Indian journal of veterinary science and animal husbandry - Volume 9,
Year: 1939
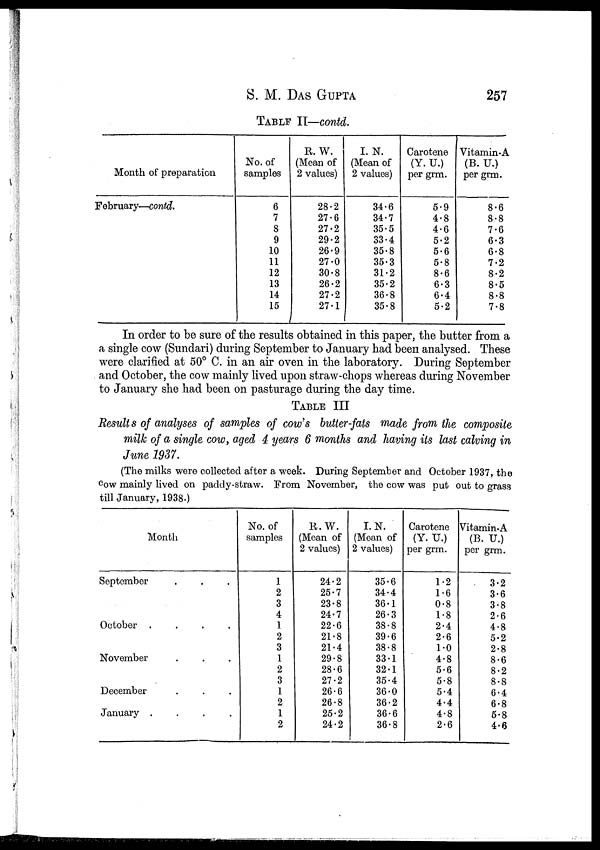
S. M. DAS GUPTA 257
TABLE II—contd.
Month of preparation
February—contd.
No. of
samples
6
7
8
9
10
11
12
13
14
15
R. W.
(Mean of
2 values)
28.2
27.6
27.2
29.2
26.9
27.0
30.8
26.2
27.2
27.1
I.N.
(Mean of
2 values)
34.6
34.7
35.5
33.4
35.8
35.3
31.2
35.2
36.8
35.8
Carotene
(Y. U.)
per grm.
5.9
4.8
4.6
5.2
5.6
5.8
8.6
6.3
6.4
5.2
Vitamin-A
(B. U.)
per grm.
8.6
8.8
7.6
6.3
6.8
7.2
8.2
8.5
8.8
7.8
In order to be sure of the results obtained in this paper, the butter from a
a single cow (Sundari) during September to January had been analysed. These
were clarified at 50° C. in an air oven in the laboratory. During September
and October, the cow mainly lived upon straw-chops whereas during November
to January she had been on pasturage during the day time.
TABLE III
Results of analyses of samples of cow's butter-fats made from the composite
milk of a single cow, aged 4 years 6 months and having its last calving in
June 1937.
(The milks were collected after a week. During September and October 1937, the
Cow mainly lived on paddy-straw. From November, the cow was put out to grass
till January, 1938.)
Month
September . . .
October
.
.
.
.
November . . .
December . . .
January
.
.
.
.
No. of
samples
1
2
3
4
1
2
3
1
2
3
1
2
1
2
R.W.
(Mean of
2 values)
24.2
25.7
23.8
24.7
22.6
21.8
21.4
29.8
28.6
27.2
26.6
26.8
25.2
24.2
I.N.
(Mean of
2 values)
35.6
34.4
36.1
26.3
38.8
39.6
38.8
33.1
32.1
35.4
36.0
36.2
36.6
36.8
Carotene
(Y. U.)
per grm.
1.2
1.6
0.8
1.8
2.4
2.6
1.0
4.8
5.6
5.8
5.4
4.4
4.8
2.6
Vitamin-A
(B. U.)
per grm.
3.2
3.6
3.8
2.6
4.8
5.2
2.8
8.6
8.2
8.8
6.4
6.8
5.8
4.6